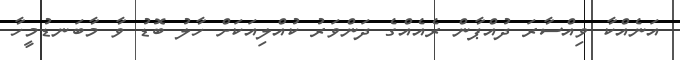
އަނެއްކާ ވިއްސާރަ ދުއްޕާން ރެއެއްގެ ދަންވަރު ކުއްލިއަކަށް ހާލު ބޮޑު ވާ މާބަނޑުމީހާ